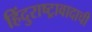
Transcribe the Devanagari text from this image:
हिंदुराष्ट्रावादाची